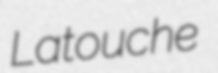
Latouche